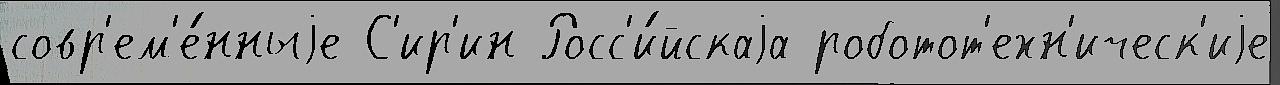
совр'ем'е́нныjе С'ир'ин Росс'и́йскаjа роботот'ехн'ическ'иjе